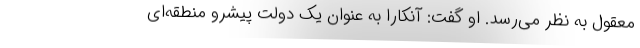
معقول به نظر می‌رسد. او گفت: آنکارا به عنوان یک دولت پیشرو منطقه‌ای